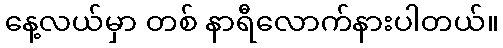
နေ့လယ်မှာ တစ် နာရီလောက်နားပါတယ်။